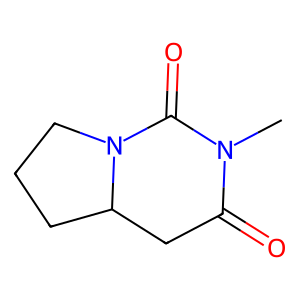
SMILES: CN1C(=O)CC2CCCN2C1=O
Inhibits HIV replication: No